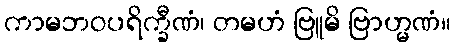
ကာမဘဝပရိက္ခီဏံ၊ တမဟံ ဗြူမိ ဗြာဟ္မဏံ။